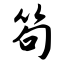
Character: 笱